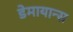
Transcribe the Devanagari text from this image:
डेमायान्स